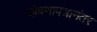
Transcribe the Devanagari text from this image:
घोषणापत्रानंतर